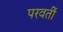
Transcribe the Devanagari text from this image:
परवतीं